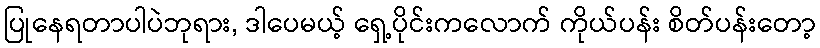
ပြုနေရတာပါပဲဘုရား, ဒါပေမယ့် ရှေ့ပိုင်းကလောက် ကိုယ်ပန်း စိတ်ပန်းတော့